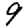
Digit: 9